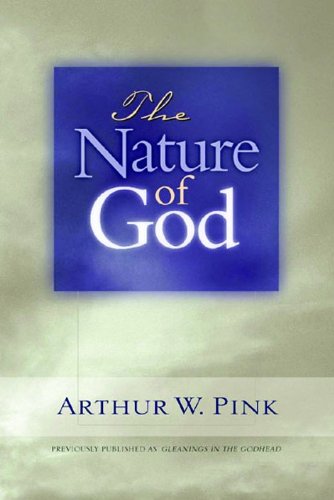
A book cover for The Nature of God (Gleanings Series Arthur Pink); Arthur W. Pink; Religion & Spirituality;